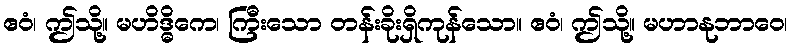
ဧဝံ၊ ဤသို့။ မဟိဒ္ဓိကေ၊ ကြီးသော တန်းခိုးရှိကုန်သော။ ဧဝံ၊ ဤသို့။ မဟာနုဘာဝေ၊